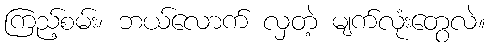
ကြည့်စမ်း၊ ဘယ်လောက် လှတဲ့ မျက်လုံးတွေလဲ။